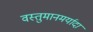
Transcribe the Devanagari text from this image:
वस्तुमानमर्यादा